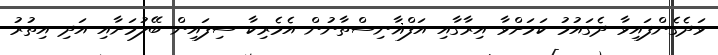
ވަދެގެންފައިވާ ދެގައުމު ކަމަށްވާ އިރާގާއި އަފްޣާނިސްތާނުން އެމެރިކާ ސިފައިން ބޭލުމަށާއި އަދި އިތުރު